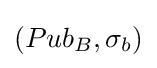
(Pub_{B},\sigma _{b})